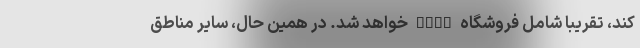
کند، تقریباً شامل فروشگاه Play خواهد شد. در همین حال، سایر مناطق